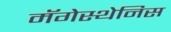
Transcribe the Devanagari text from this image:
मॅगेस्थेनिस